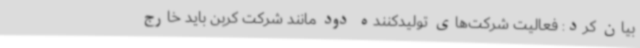
بیان کرد: فعالیت شرکت‌های تولیدکننده دود مانند شرکت کربن باید خارج